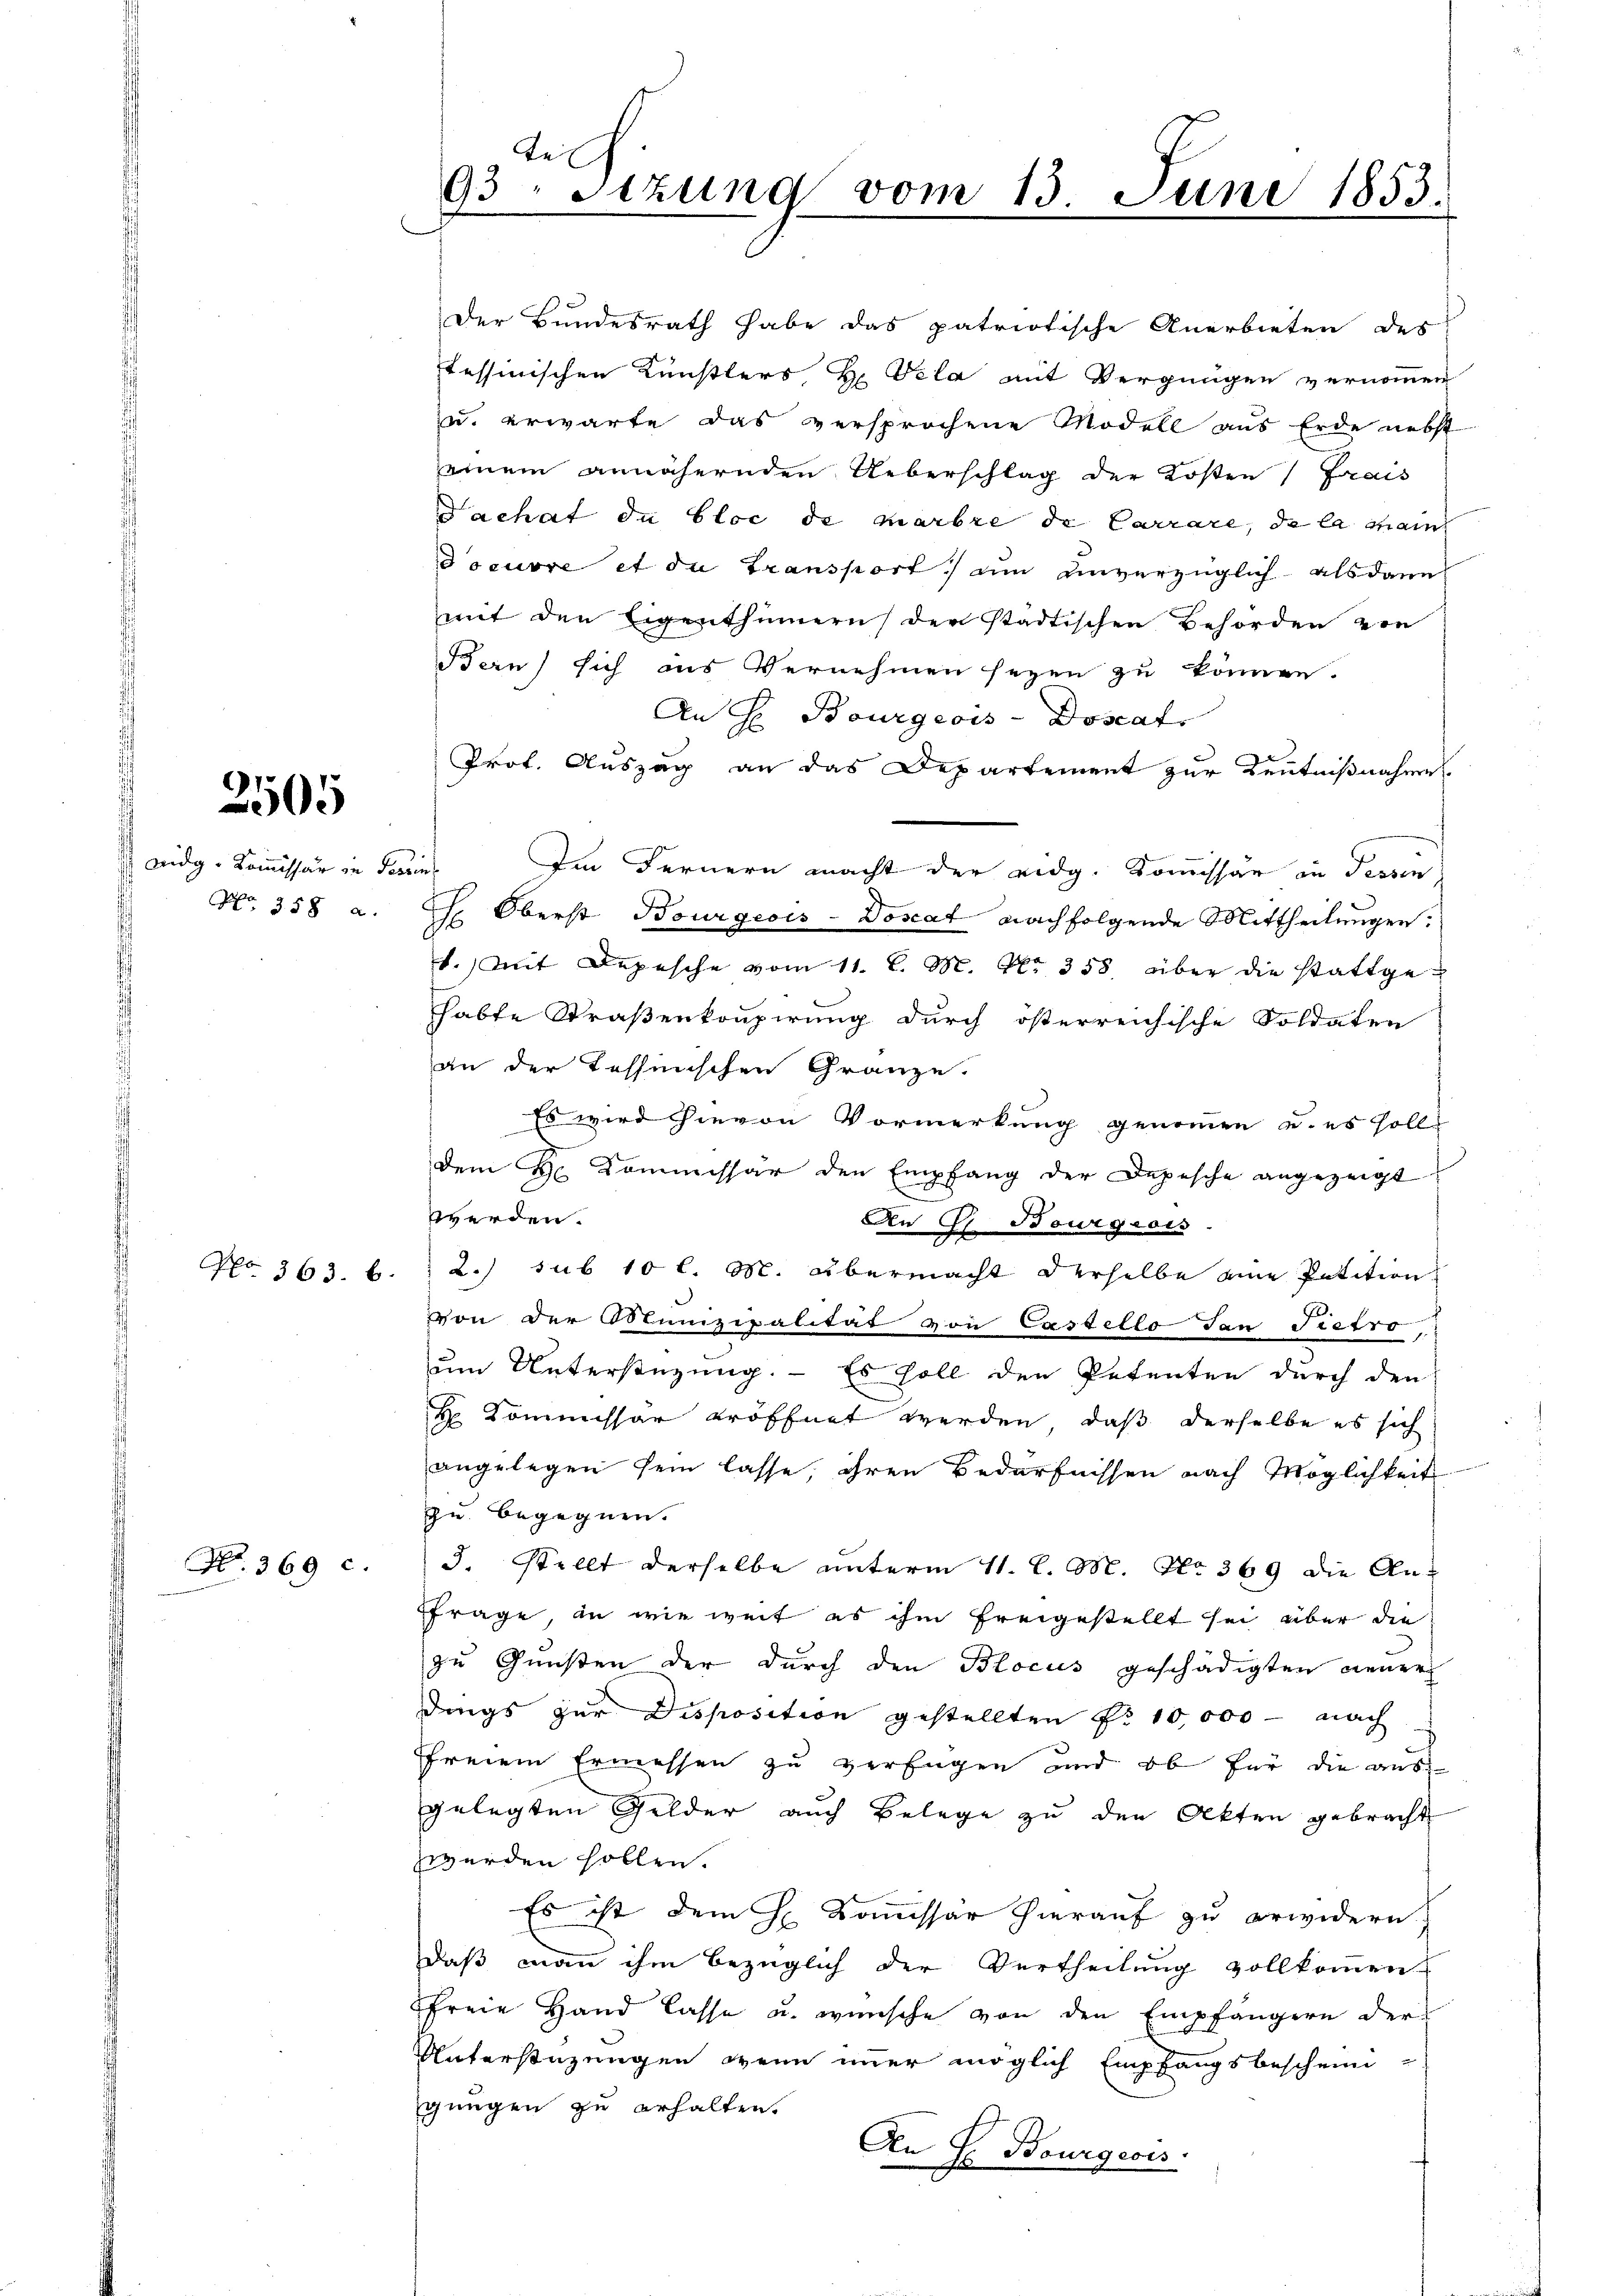
2505

widg. Kom̅issär in Fabrin¬
No. 358 a.

No 363. b.

Nr. 369 c.

Te
93. Sitzung vom 13. Juni 1853.

Der Bundesrath habe das patriotische Anerbieten des
tessinischen Künstlers H. Vela mit Vergnügen vernommen
zu. erwarte das versprochene Modell aus Erde nebst
einem annähernden Ueberschlag der Kosten Frais
Fachat du bloc de Marbre de Carrare, da la manch
doeuvre et du Transport, um unverzüglich als dann
mit den Eigenthümern der städtischen Behörden von
Bern) sich aus Vernehmen seyen zu können.
An H. Bourgeois-Doscat
Prof. Auszug an das Departement zur Kenntnißnahme
Im Fernern macht der eidg. Kommissär in dersen¬
 Oberst Bourgeois-Doscat nachfolgende Mittheilungen:
b. Mit Depesche vom 11. l. M. No. 358. über die stattgehabte Straßenkonpirung durch österreichische Soldaten
an der Tessinischen Gränze.
Es wird hievon Vormerkung genommen u. es solls
dem H. Commissar den Empfang der Depesche angezeigt
werden.
An G. Bourgross.
2.) sub 10 l. M. übermacht derselbe eine Petition
von der Olunizipalität von Castello dan Pietro,
um Unterstüzung. - Es soll den Petenten durch den
H Kommissär eröffnet werden, daß derselbe es sich
angelegen sein lasse, ihren Bedürfnissen nach Möglichkeit
zu begegnen.
3. Stellt derselbe unterm 11. l. M. No. 369 die An¬
Ffrage, in wie weit es ihm freigestellt sei über die
zu Gunsten der durch den Blocus geschädigten neuer
dings zur Disposition gestellten No 10,000 - nach
ffreiem Ermessen zu verfügen und ob für die ausgelegten Gelder auch Belege zu den Akten gebracht
werden sollen.
Es ist dem H. Komissär hierauf zu erwidern.
daß man ihm bezüglich der Vertheilung vollkommen
Pfreie Hand lasse u. wünsche von den Empfängern der
Unterstüzungen, wenn immer möglich Empfangsbeschein
gungen zu erhalten.
An H. Bourgeris